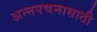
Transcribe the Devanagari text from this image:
अन्‍नपचनासाठी